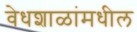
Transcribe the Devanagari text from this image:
वेधशाळांमधील